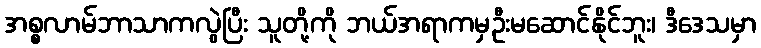
အစ္စလာမ်ဘာသာကလွဲပြီး သူတို့ကို ဘယ်အရာကမှဦးမဆောင်နိုင်ဘူး၊ ဒီဒေသမှာ